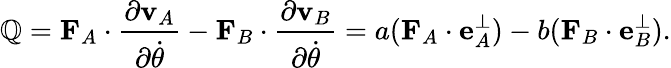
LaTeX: \mathbb{Q}=\mathbf{{F}}_{A}\cdot{\frac{{\partial\mathbf{{v}}_{A}}}{{\partial{\dot{{\theta}}}}}}-\mathbf{{F}}_{B}\cdot{\frac{{\partial\mathbf{{v}}_{B}}}{{\partial{\dot{{\theta}}}}}}=a(\mathbf{{F}}_{A}\cdot\mathbf{{e}}_{A}^{\perp})-b(\mathbf{{F}}_{B}\cdot\mathbf{{e}}_{B}^{\perp}).